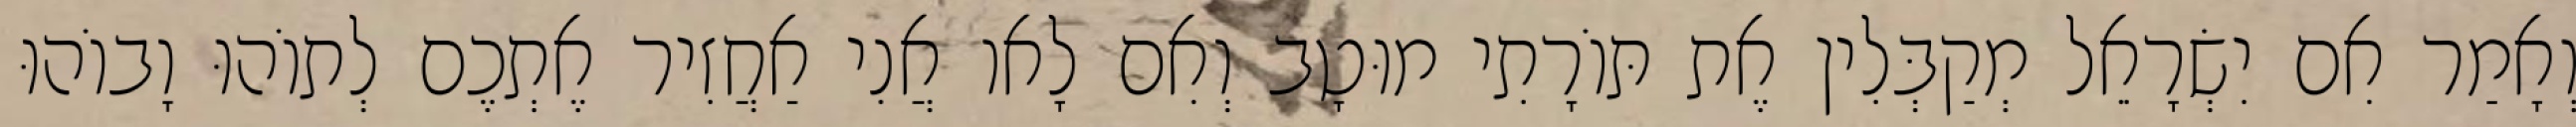
וְאָמַר אִם יִשְׂרָאֵל מְקַבְּלִין אֶת תּוֹרָתִי מוּטָב וְאִם לָאו אֲנִי אַחֲזִיר אֶתְכֶם לְתוֹהוּ וָבוֹהוּ